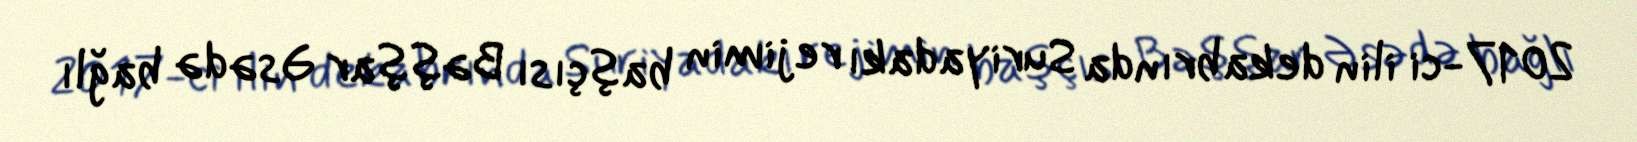
2017-ci ilin dekabrında Suriyadakı rejimin başçısı Bəşşar Əsədə bağlı